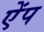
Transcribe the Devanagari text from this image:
ऐंप